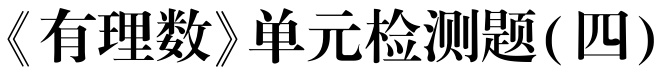
《有理数》单元检测题(四)